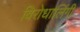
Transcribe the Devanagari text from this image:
विरोधालिंगी